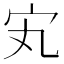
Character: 𡧄